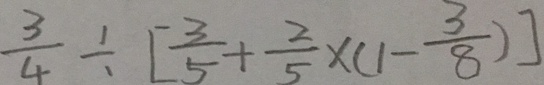
\frac { 3 } { 4 } \div [ \frac { 3 } { 5 } + \frac { 2 } { 5 } \times ( 1 - \frac { 3 } { 8 } ) ]